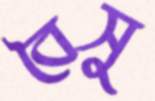
বৈসু